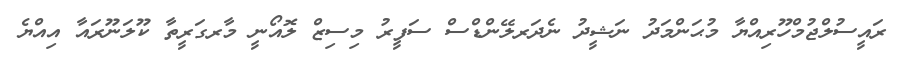
ރައީސުލްޖުމްހޫރިއްޔާ މުޙަންމަދު ނަޝީދު ނެދަރލޭންޑްސް ސަފީރު މިސިޒް ލޮއޯނީ މާރގަރީތާ ކޫލަނޫރައާ އިއްޔެ